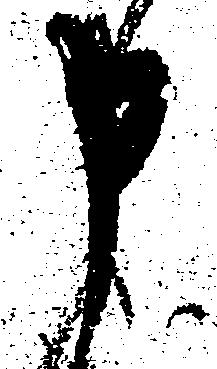
申